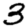
Digit: 3